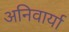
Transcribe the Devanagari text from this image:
अनिवार्या